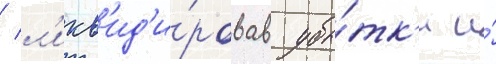
/ л'икв'ид'и́ровав убы́тк'и и́